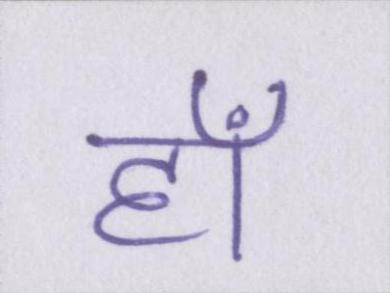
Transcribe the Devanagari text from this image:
हाँ